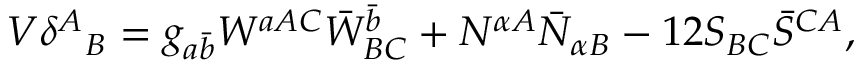
V \delta ^ { A } { } _ { B } = g _ { a \bar { b } } W ^ { a A C } \bar { W } _ { B C } ^ { \bar { b } } + N ^ { \alpha A } \bar { N } _ { \alpha B } - 1 2 S _ { B C } \bar { S } ^ { C A } ,